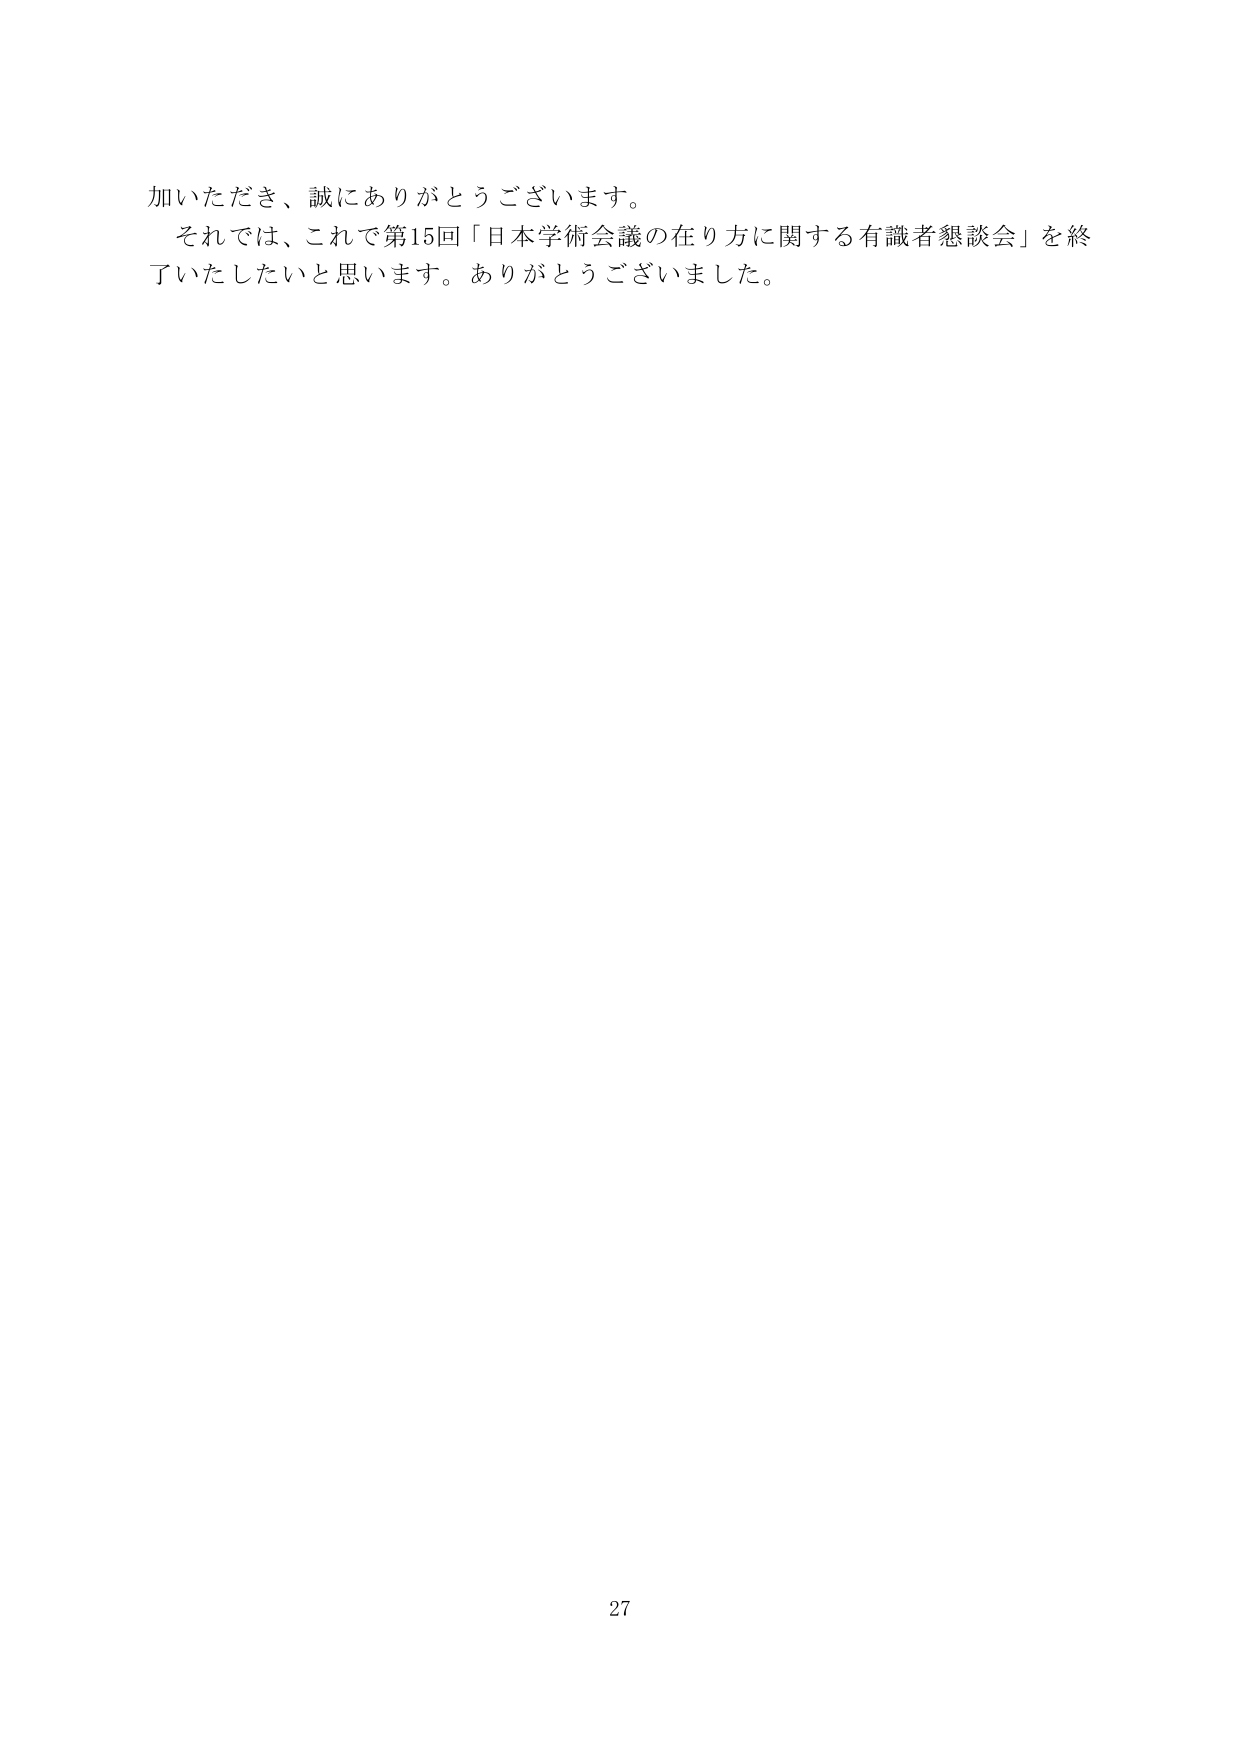
加いただき、誠にありがとうございます。
それでは、これで第15回「日本学術会議の在り方に関する有識者懇談会」を終了いたしたいと思います。ありがとうございました。

27